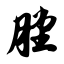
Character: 膛